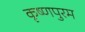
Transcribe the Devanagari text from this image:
कृष्णपुरम